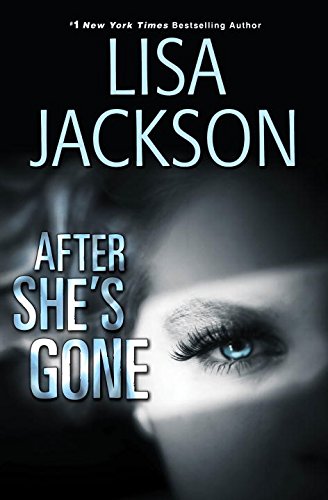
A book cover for After She's Gone; Lisa Jackson; Romance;